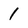
Character: 1